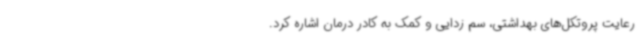
رعایت پروتکل‌های بهداشتی، سم زدایی و کمک به کادر درمان اشاره کرد.